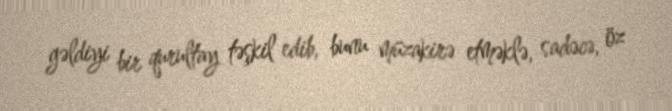
gəldiyi bir qurultay təşkil edib, bunu müzakirə etməklə, sadəcə, öz